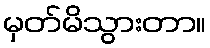
မှတ်မိသွားတာ။